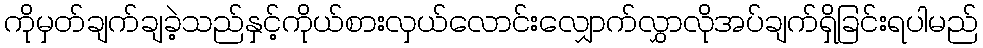
ကိုမှတ်ချက်ချခဲ့သည်နှင့်ကိုယ်စားလှယ်လောင်းလျှောက်လွှာလိုအပ်ချက်ရှိခြင်းရပါမည်